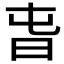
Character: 旾